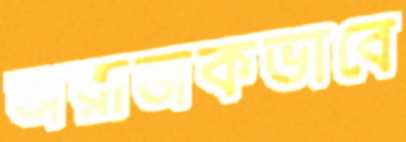
অরাজকভাবে